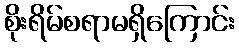
စိုးရိမ်စရာမရှိကြောင်း